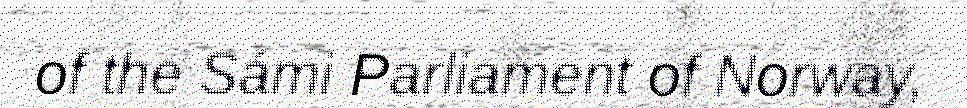
of the Sámi Parliament of Norway,